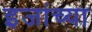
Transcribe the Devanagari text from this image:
इजांच्या